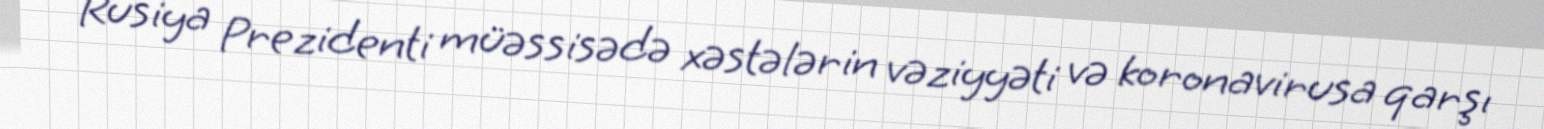
Rusiya Prezidenti müəssisədə xəstələrin vəziyyəti və koronavirusa qarşı